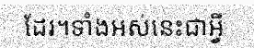
ដែរ។ទាំងអស់នេះជាអ្វី